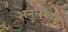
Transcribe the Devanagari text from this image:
अनुलेखन